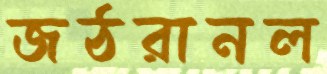
জঠরানল